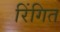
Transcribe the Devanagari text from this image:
रिंगित